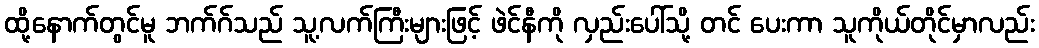
ထို့နောက်တွင်မူ ဘက်ဂ်သည် သူ့လက်ကြီးများဖြင့် ဖဲင်နီကို လှည်းပေါ်သို့ တင် ပေးကာ သူကိုယ်တိုင်မှာလည်း